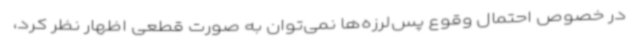
در خصوص احتمال وقوع پس‌لرزه‌ها نمی‌توان به صورت قطعی اظهار نظر کرد،